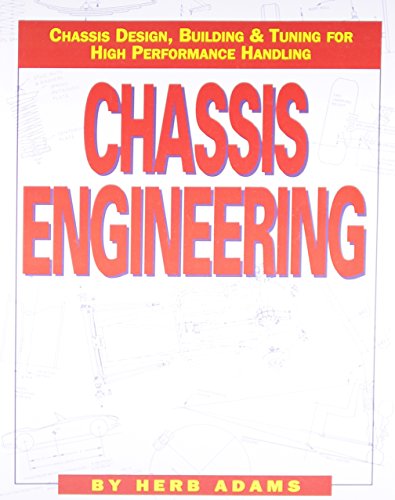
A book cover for Chassis Engineering: Chassis Design, Building & Tuning for High Performance Handling; Herb Adams; Engineering & Transportation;